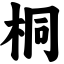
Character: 桐